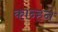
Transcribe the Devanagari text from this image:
कान्हने